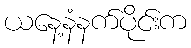
ယနေ့နံနက်ပိုင်းက